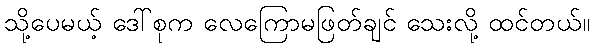
သို့ပေမယ့် ဒေါ်စုက လေကြောမဖြတ်ချင် သေးလို့ ထင်တယ်။